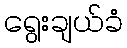
ရွေးချယ်ခံ